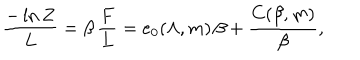
LaTeX: { \frac { - \ln Z } { L } } = \beta \, { \frac { F } { L } } = e _ { 0 } ( \Lambda , m ) \, \beta + { \frac { C ( \beta , m ) } { \beta } } ,